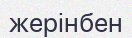
жерінбен